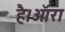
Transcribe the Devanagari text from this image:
है।ऑरा